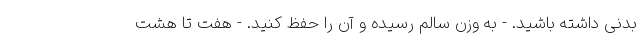
بدنی داشته باشید. - به وزن سالم رسیده و آن را حفظ کنید. - هفت تا هشت